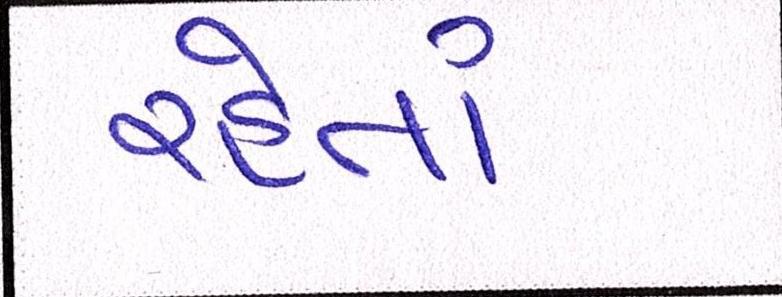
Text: રહેતાં